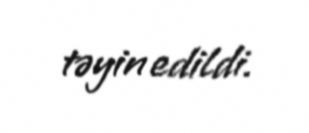
təyin edildi.